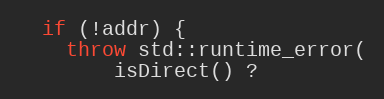
Language: C++
  if (!addr) {
    throw std::runtime_error(
        isDirect() ?